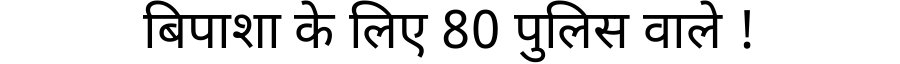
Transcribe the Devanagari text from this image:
बिपाशा के लिए 80 पुलिस वाले !